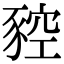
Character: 𧱡